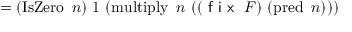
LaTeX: = ( \operatorname { I s Z e r o } \ n ) \ 1 \ ( \operatorname { m u l t i p l y } \ n \ ( ( { \textsf { f i x } } \ F ) \ ( \operatorname { p r e d } \ n ) ) )